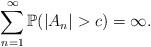
LaTeX: \begin{align*}\sum_{n=1}^\infty \mathbb{P}(|A_n|> c) = \infty.\end{align*}